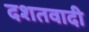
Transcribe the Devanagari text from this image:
दशतवादी